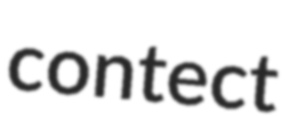
contect